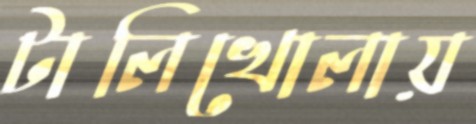
টালিখোলায়